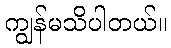
ကျွန်မသိပါတယ်။